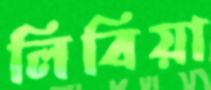
লিবিয়া